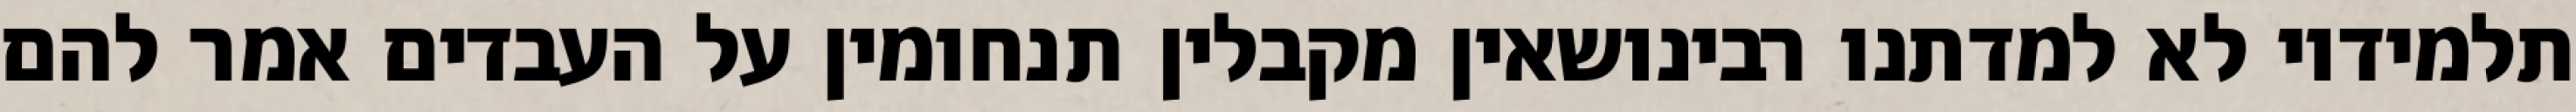
תלמידיו לא למדתנו רבינושאין מקבלין תנחומין על העבדים אמר להם